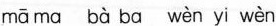
mā ma bà ba wèn yi wèn